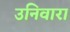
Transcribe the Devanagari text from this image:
उनिवारा